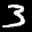
Label: 3